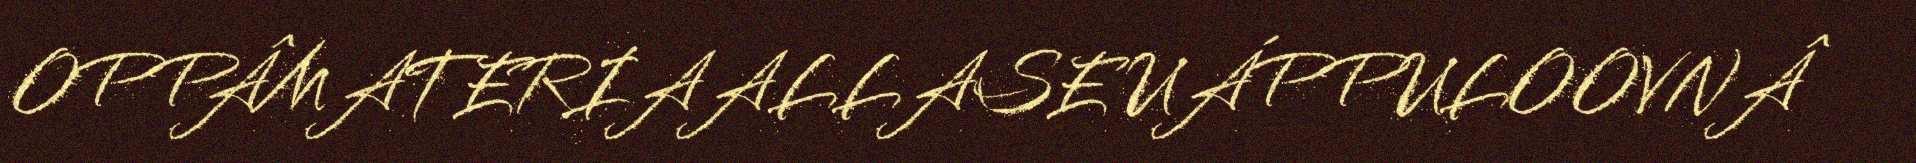
OPPÂMATERIAALLASE UÁPPULOOVNÂ